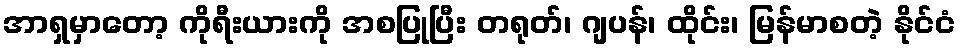
အာရှမှာတော့ ကိုရီးယားကို အစပြုပြီး တရုတ်၊ ဂျပန်၊ ထိုင်း၊ မြန်မာစတဲ့ နိုင်ငံ